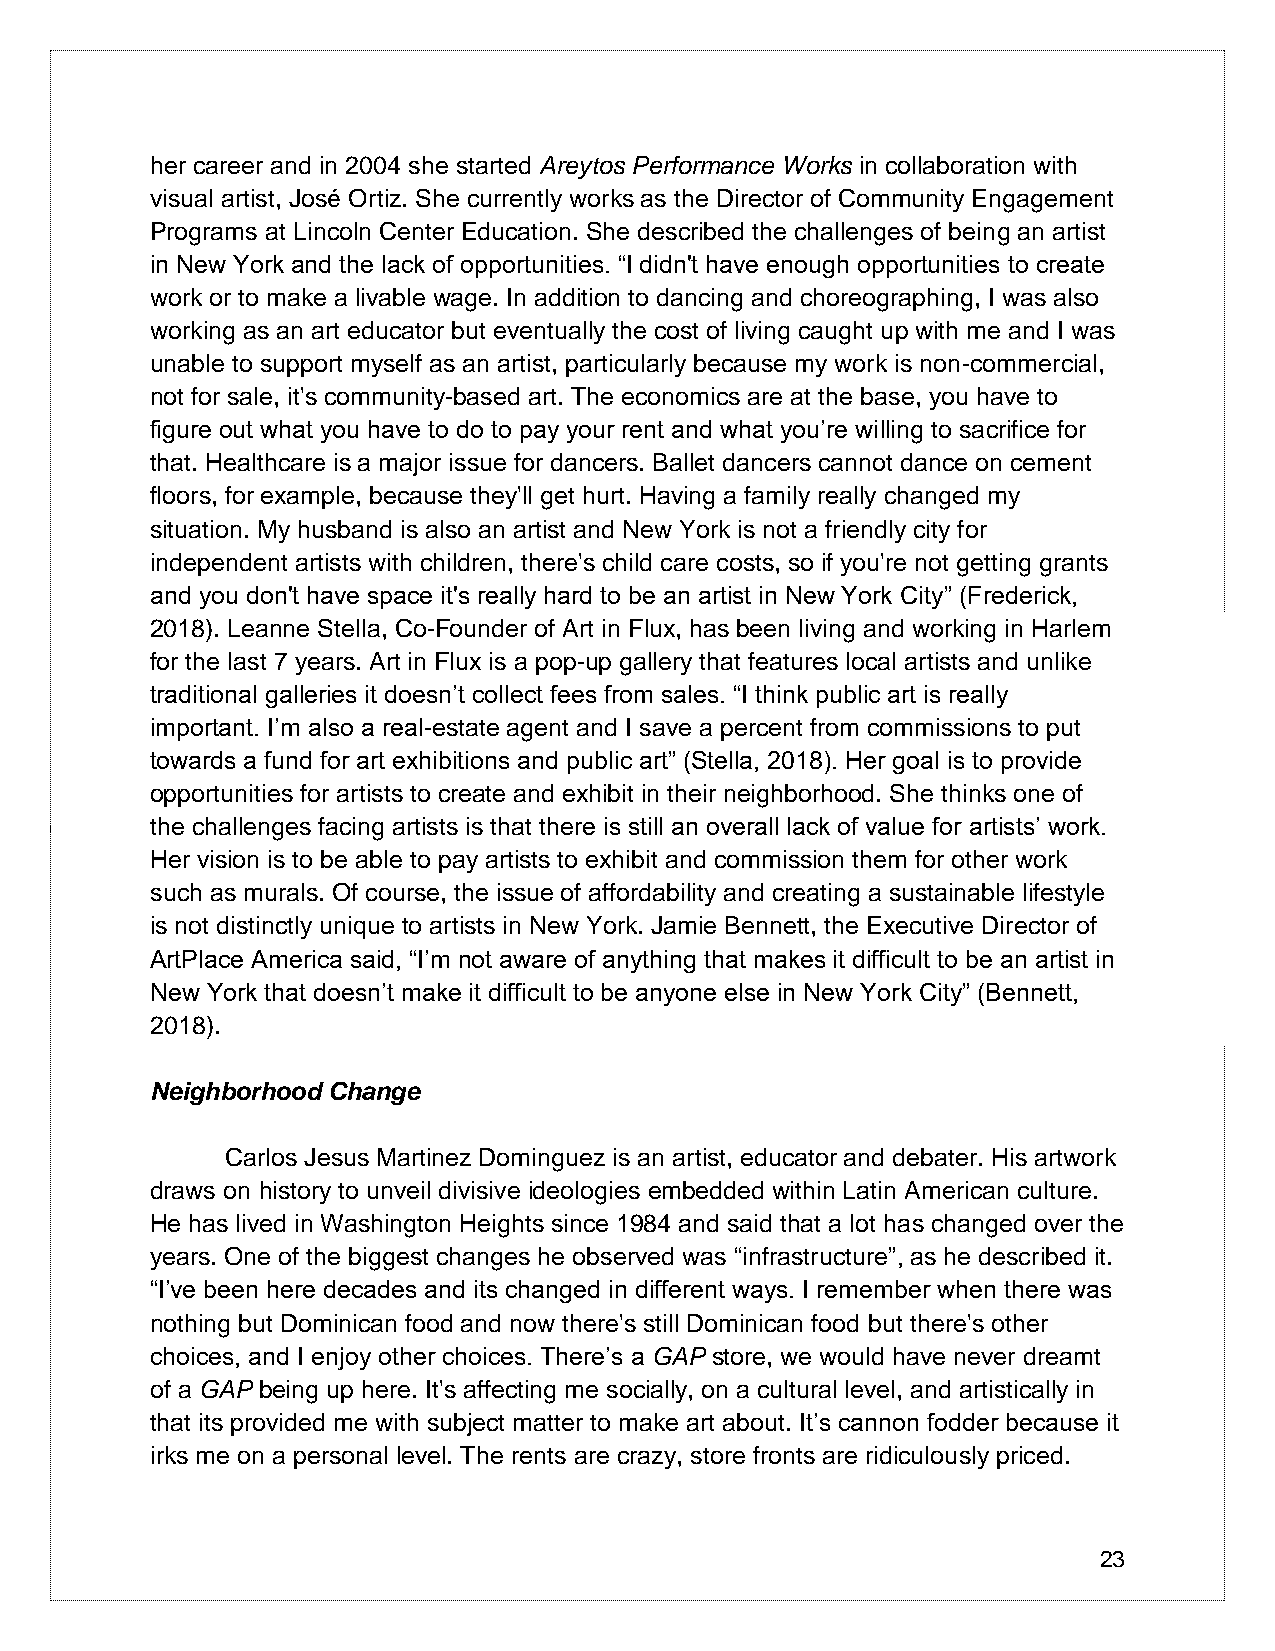
her career and in 2004 she started Areytos Performance Works in collaboration with
 visual artist, José Ortiz. She currently works as the Director of Community Engagement
 Programs at Lincoln Center Education. She described the challenges of being an artist
 in New York and the lack of opportunities. “I didn't have enough opportunities to create
 work or to make a livable wage. In addition to dancing and choreographing, I was also
 working as an art educator but eventually the cost of living caught up with me and I was
 unable to support myself as an artist, particularly because my work is non-commercial,
 not for sale, it's community-based art. The economics are at the base, you have to
 figure out what you have to do to pay your rent and what you’re willing to sacrifice for
 that. Healthcare is a major issue for dancers. Ballet dancers cannot dance on cement
 floors, for example, because they'll get hurt. Having a family really changed my
 situation. My husband is also an artist and New York is not a friendly city for
 independent artists with children, there's child care costs, so if you're not getting grants
 and you don't have space it's really hard to be an artist in New York City” (Frederick,
 2018). Leanne Stella, Co-Founder of Art in Flux, has been living and working in Harlem
 for the last 7 years. Art in Flux is a pop-up gallery that features local artists and unlike
 traditional galleries it doesn’t collect fees from sales. “I think public art is really
 important. I’m also a real-estate agent and I save a percent from commissions to put
 towards a fund for art exhibitions and public art” (Stella, 2018). Her goal is to provide
 opportunities for artists to create and exhibit in their neighborhood. She thinks one of
 the challenges facing artists is that there is still an overall lack of value for artists’ work.
 Her vision is to be able to pay artists to exhibit and commission them for other work
 such as murals. Of course, the issue of affordability and creating a sustainable lifestyle
 is not distinctly unique to artists in New York. Jamie Bennett, the Executive Director of
 ArtPlace America said, “I’m not aware of anything that makes it difficult to be an artist in
 New York that doesn’t make it difficult to be anyone else in New York City” (Bennett,
 2018).
 Neighborhood Change
 Carlos Jesus Martinez Dominguez is an artist, educator and debater. His artwork
 draws on history to unveil divisive ideologies embedded within Latin American culture.
 He has lived in Washington Heights since 1984 and said that a lot has changed over the
 years. One of the biggest changes he observed was “infrastructure”, as he described it.
 “I’ve been here decades and its changed in different ways. I remember when there was
 nothing but Dominican food and now there's still Dominican food but there's other
 choices, and I enjoy other choices. There’s a GAP store, we would have never dreamt
 of a GAP being up here. It's affecting me socially, on a cultural level, and artistically in
 that its provided me with subject matter to make art about. It’s cannon fodder because it
 irks me on a personal level. The rents are crazy, store fronts are ridiculously priced.
 23